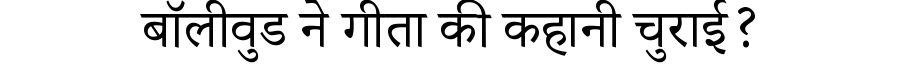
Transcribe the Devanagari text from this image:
बॉलीवुड ने गीता की कहानी चुराई?